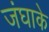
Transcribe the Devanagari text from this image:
जंघाके